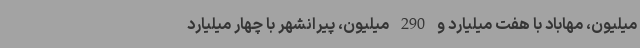
میلیون، مهاباد با هفت میلیارد و 290 میلیون، پیرانشهر با چهار میلیارد